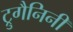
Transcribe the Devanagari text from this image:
ट्रुगैनिनी